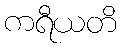
ကရီယတိ